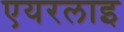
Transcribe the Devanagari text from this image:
एयरलाइ